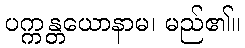
ပက္ကန္တယောနာမ၊ မည်၏။